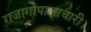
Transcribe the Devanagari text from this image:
राजागोपालाचारी।